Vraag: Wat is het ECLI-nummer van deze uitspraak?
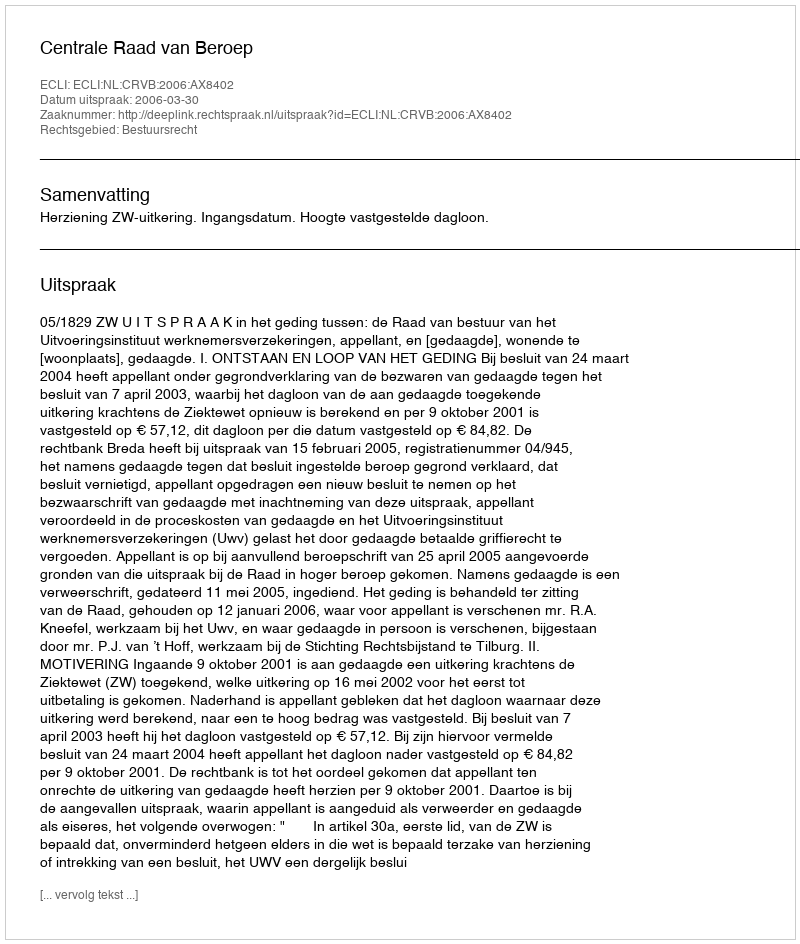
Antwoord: ECLI:NL:CRVB:2006:AX8402